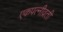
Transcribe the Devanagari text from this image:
एकपत्‍नीव्रती